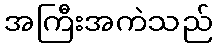
အကြီးအကဲသည်